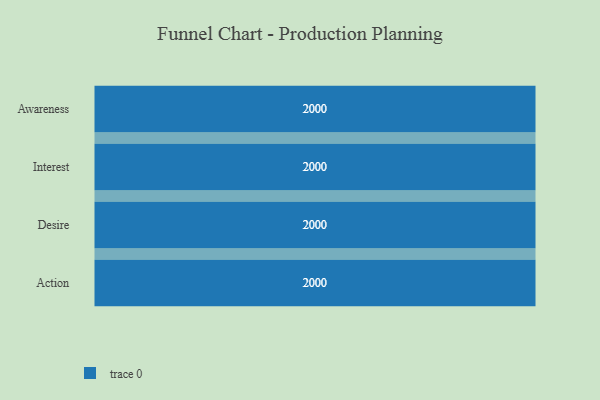
{"axis": {"x": "Stage", "y": "Value"}, "legend": [""], "data": [{"x": "Awareness", "y": 2000, "type": ""}, {"x": "Interest", "y": 2000, "type": ""}, {"x": "Desire", "y": 2000, "type": ""}, {"x": "Action", "y": 2000, "type": ""}]}